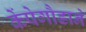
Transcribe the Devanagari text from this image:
केंपेगौडाने